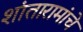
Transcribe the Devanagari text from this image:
शांतारामांचे